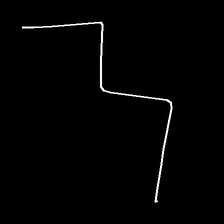
Glyph: crush